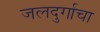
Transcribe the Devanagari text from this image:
जलदुर्गाचा